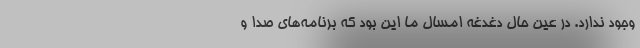
وجود ندارد. در عین حال دغدغه امسال ما این بود که برنامه‌های صدا و